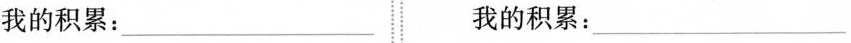
我的积累：___ 我的积累：___